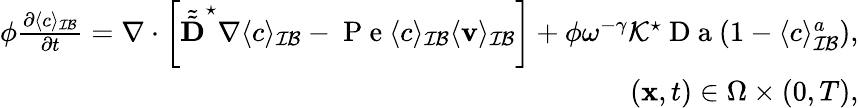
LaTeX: \begin{array}{r}{\phi\frac{\partial\langle c\rangle_{\mathcal{IB}}}{\partial t}=\nabla\cdot\left[\tilde{\tilde{\textbf{D}}}^{\star}\nabla\langle c\rangle_{\mathcal{IB}}-\mathrm{~P~e~}\langle c\rangle_{\mathcal{IB}}\langle\mathbf v\rangle_{\mathcal{IB}}\right]+\phi\omega^{-\gamma}\mathcal{K}^{\star}\mathrm{~D~a~}(1-\langle c\rangle_{\mathcal{IB}}^{a}),}\\ {(\mathbf x,t)\in\Omega\times(0,T),}\end{array}